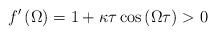
LaTeX: \begin{align*}f'\left(\Omega\right)=1+\kappa\tau\cos\left(\Omega\tau\right)>0\end{align*}